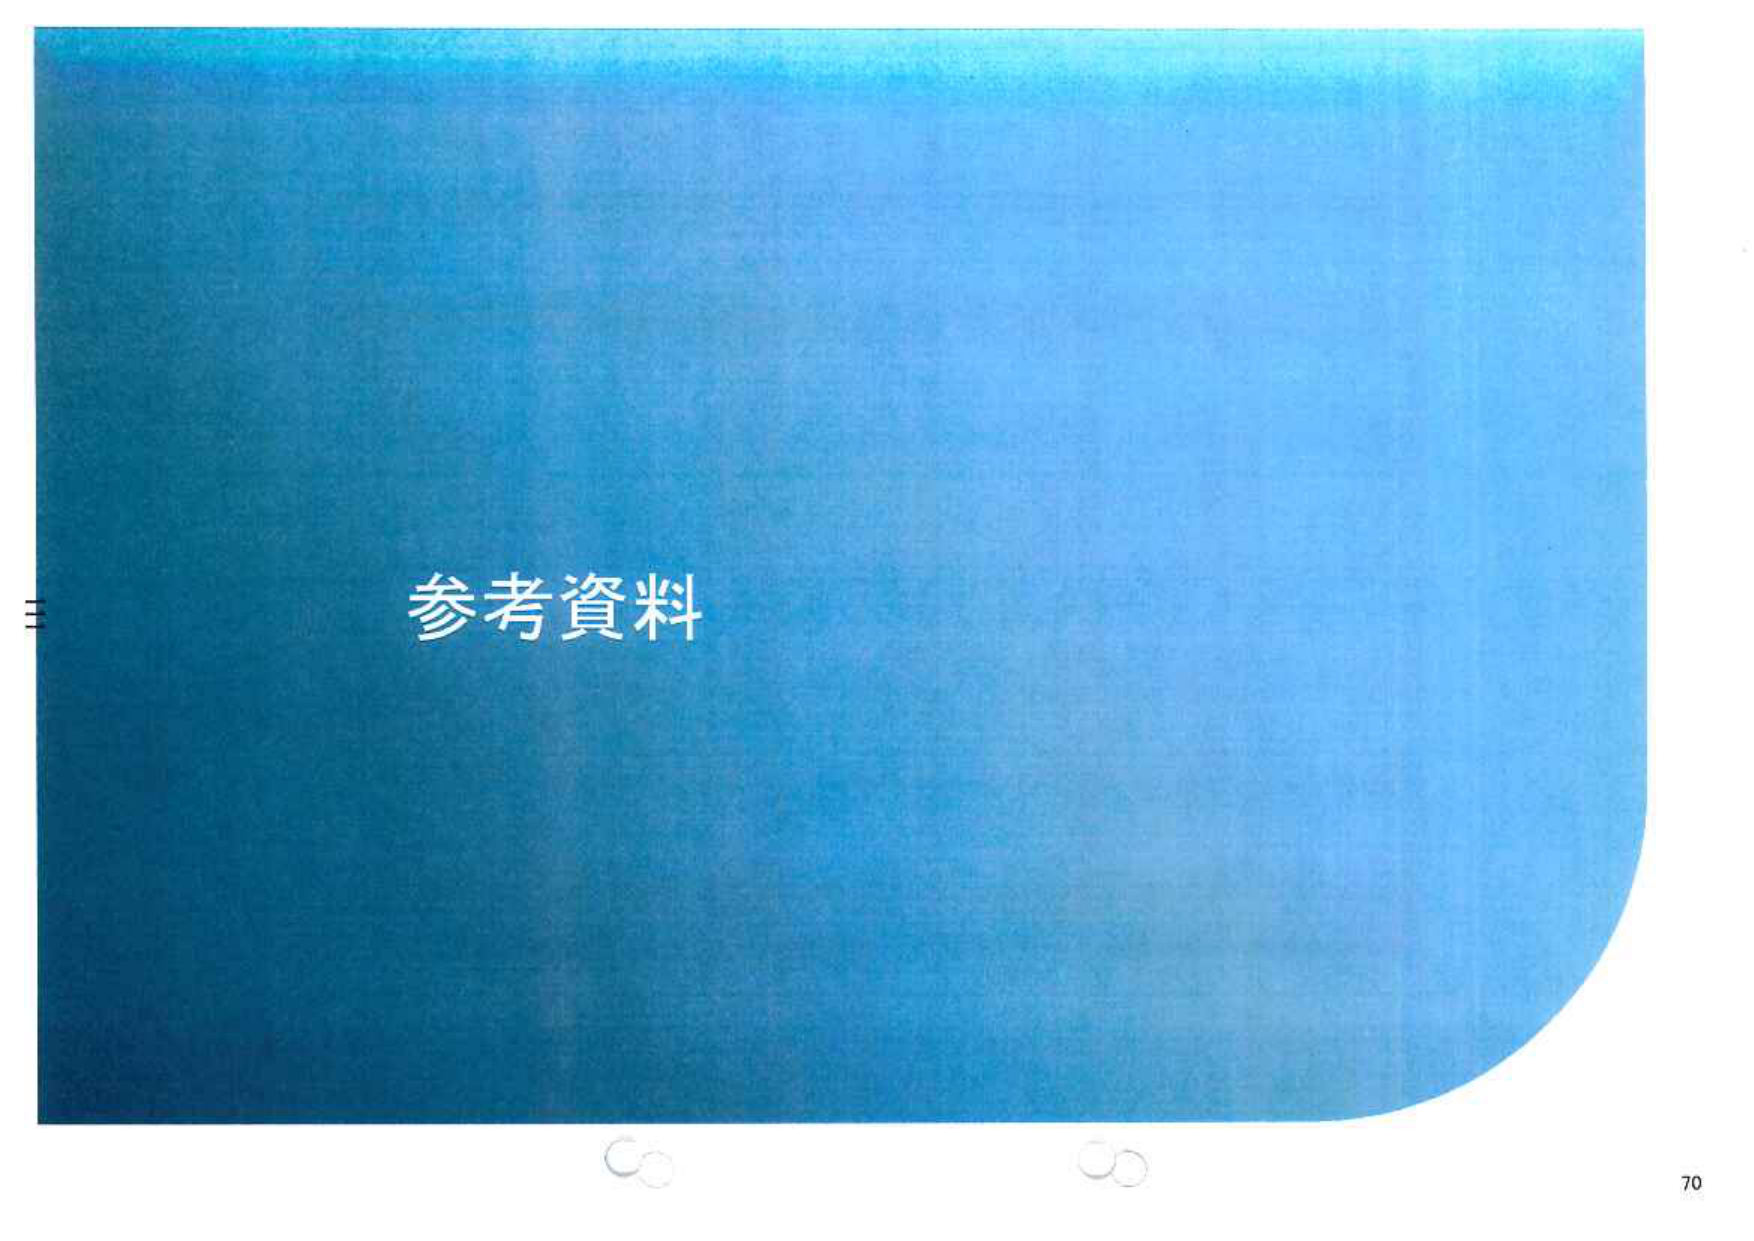
参考资料
70